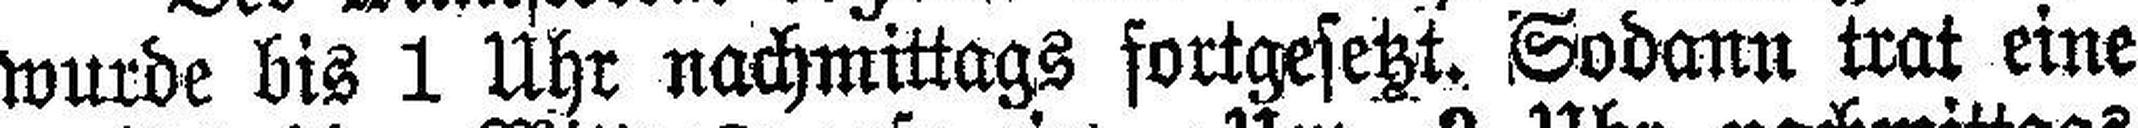
wurde bis 1 Uhr nachmittags fortgesetzt. Sodann trat eine